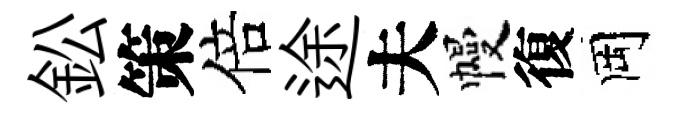
鈆策倍途夫幔復岡